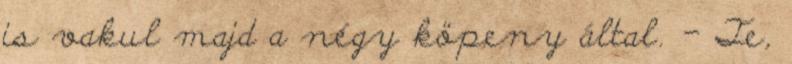
is vakul majd a négy köpeny által. - Te,